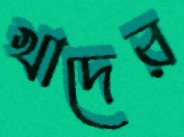
খাদের